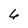
Character: 6